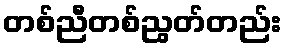
တစ်ညီတစ်ညွတ်တည်း